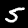
Label: 5